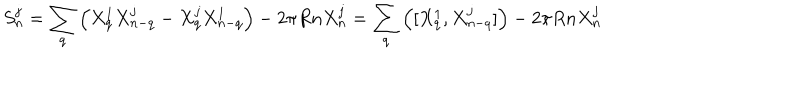
LaTeX: S _ { n } ^ { j } = \sum _ { q } \left( X _ { q } ^ { 1 } X _ { n - q } ^ { j } - X _ { q } ^ { j } X _ { n - q } ^ { 1 } \right) - 2 \pi R n X _ { n } ^ { j } = \sum _ { q } \left( [ X _ { q } ^ { 1 } , X _ { n - q } ^ { j } ] \right) - 2 \pi R n X _ { n } ^ { j }